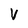
Character: V